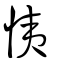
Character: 恞